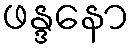
ဖန္ဒနော